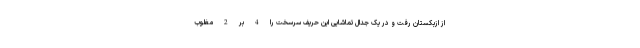
از ازبکستان رفت و در یک جدال تماشایی این حریف سرسخت را 4 بر 2 مغلوب